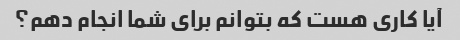
آیا کاری هست که بتوانم برای شما انجام دهم؟